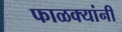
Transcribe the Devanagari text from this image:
फाळक्यांनी